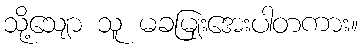
သို့သျော သူ မခမျြးအေးပါတကား။